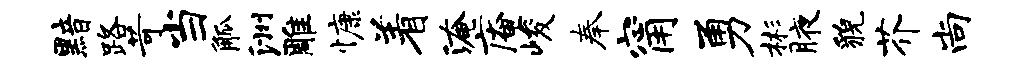
黯路苛当觚洲雕慷着淹庵峻奉甯勇彬腋貌芥尚